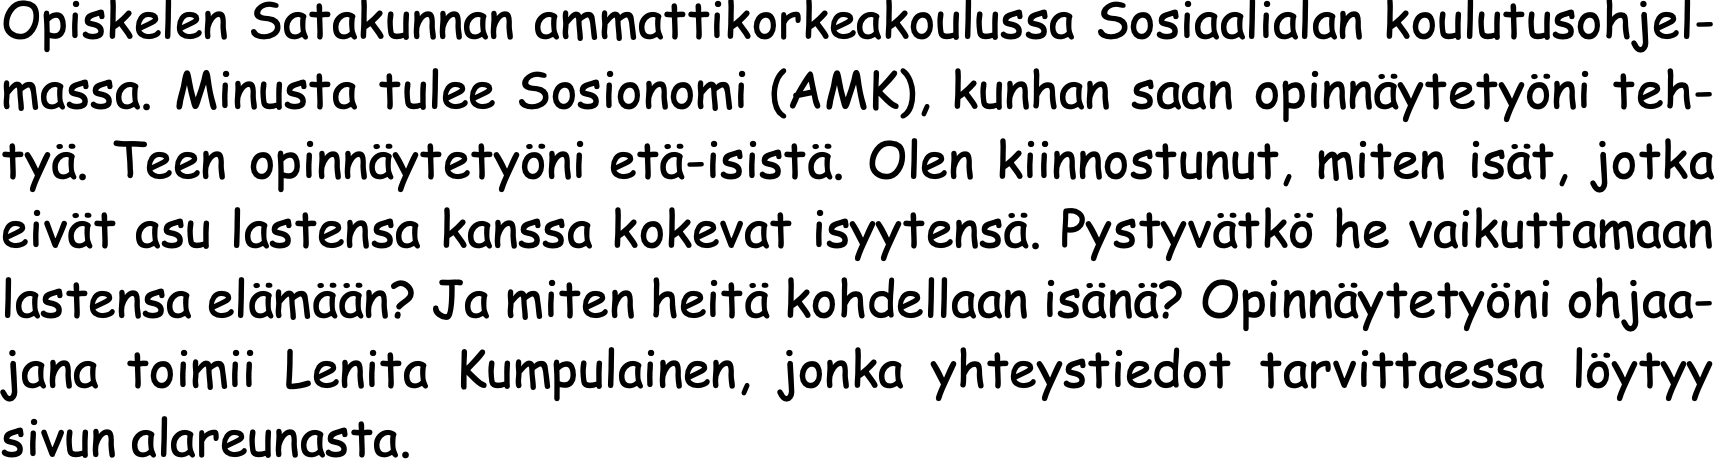
Opiskelen Satakunnan ammattikorkeakoulussa Sosiaalialan koulutusohjel- massa. Minusta tulee Sosionomi (AMK), kunhan saan opinnäytetyöni teh- tyä. Teen opinnäytetyöni etä-isistä. Olen kiinnostunut, miten isät, jotka eivät asu lastensa kanssa kokevat isyytensä. Pystyvätkö he vaikuttamaan lastensa elämään? Ja miten heitä kohdellaan isänä? Opinnäytetyöni ohjaa- jana toimii Lenita Kumpulainen, jonka yhteystiedot tarvittaessa löytyy sivun alareunasta.